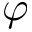
\varphi